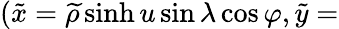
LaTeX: (\tilde{x}=\widetilde{\rho}\sinh u\sin\lambda\cos\varphi,\tilde{y}=